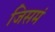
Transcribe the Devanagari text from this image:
जिसमं